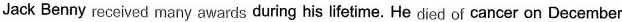
Jack Benny received many awards during his lifetime. He died of cancer on December